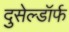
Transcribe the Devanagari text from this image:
दुसेल्डॉर्फ